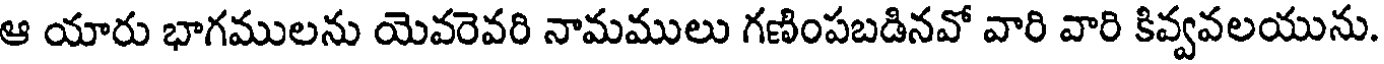
ఆ యారు భాగములను యెవరెవరి నామములు గణింపబడినవో వారి వారి కివ్వవలయును.